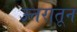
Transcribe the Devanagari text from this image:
उत्तरातून